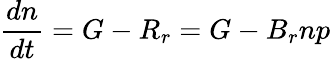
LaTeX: {\frac{dn}{dt}}=G-R_{r}=G-B_{r}np